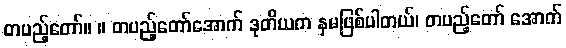
တပည့်တော်။ ။ တပည့်တော်အောက် ဒုတိယက နှမဖြစ်ပါတယ်၊ တပည့်တော် အောက်